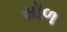
સૉળ